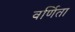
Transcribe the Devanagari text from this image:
वर्णिता